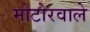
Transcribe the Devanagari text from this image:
मोटोरवाले